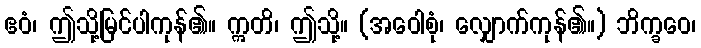
ဧဝံ၊ ဤသို့မြင်ပါကုန်၏။ ဣတိ၊ ဤသို့။ (အဝေါစုံ၊ လျှောက်ကုန်၏။) ဘိက္ခဝေ၊